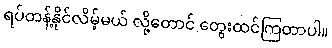
ရပ်တန့်နိုင်လိမ့်မယ် လို့တောင် တွေးထင်ကြတာပါ။